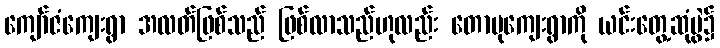
ကျော်ဇံကျေးရွာ အလတ်ဖြစ်သည် ဖြစ်လာသည်ဟုလည်း တောပုကျေးရွာကို ယင်းတွေ့ဆုံပွဲ၌